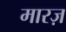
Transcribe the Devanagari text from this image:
मारज़